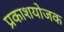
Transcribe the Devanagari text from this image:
प्रकाशयोजक